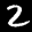
Label: 2